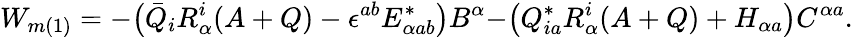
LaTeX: W_{m(1)}=-\bigr(\bar{Q}_{i}R_{\alpha}^{i}(A+Q)-\epsilon^{ab}E_{\alpha ab}^{*}\bigr)B^{\alpha}-\bigr(Q_{ia}^{*}R_{\alpha}^{i}(A+Q)+H_{\alpha a}\bigr)C^{\alpha a}.